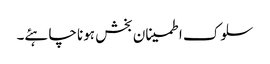
سلوک اطمینان بخش ہونا چاہئے۔